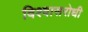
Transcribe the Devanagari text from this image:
विश्‍वासरोधी